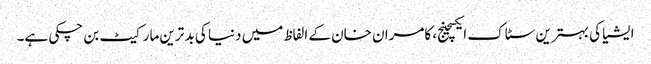
ایشیا کی بہترین سٹاک ایکسچینج، کامران خان کے الفاظ میں دنیا کی بد ترین مارکیٹ بن چکی ہے۔